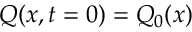
Q ( x , t = 0 ) = Q _ { 0 } ( x )